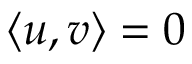
\langle u , v \rangle = 0